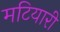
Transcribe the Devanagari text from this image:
मटियारी